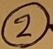
Text: 2